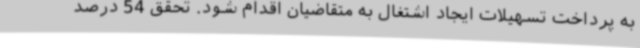
به پرداخت تسهیلات ایجاد اشتغال به متقاضیان اقدام شود. تحقق 54 درصد